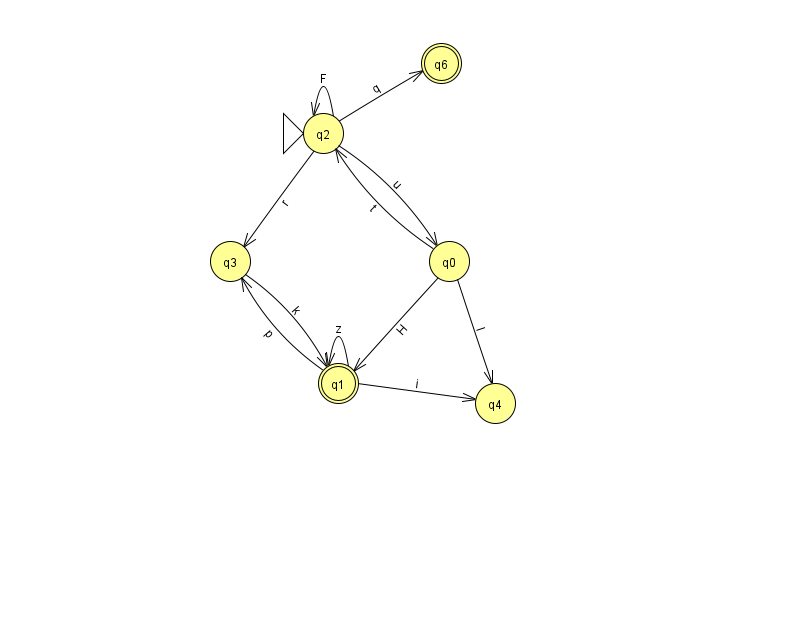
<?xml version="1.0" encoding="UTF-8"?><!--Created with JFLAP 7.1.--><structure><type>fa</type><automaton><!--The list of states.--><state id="0" name="q0"><x>449.0</x><y>248.0</y></state><state id="1" name="q1"><x>338.0</x><y>370.0</y><final/></state><state id="2" name="q2"><x>323.0</x><y>120.0</y><initial/></state><state id="3" name="q3"><x>230.0</x><y>248.0</y></state><state id="4" name="q4"><x>495.0</x><y>390.0</y></state><state id="6" name="q6"><x>441.0</x><y>50.0</y><final/></state><!--The list of transitions.--><transition><from>0</from><to>4</to><read>l</read></transition><transition><from>2</from><to>2</to><read>F</read></transition><transition><from>0</from><to>1</to><read>H</read></transition><transition><from>3</from><to>1</to><read>k</read></transition><transition><from>1</from><to>4</to><read>i</read></transition><transition><from>2</from><to>3</to><read>r</read></transition><transition><from>2</from><to>6</to><read>q</read></transition><transition><from>1</from><to>1</to><read>z</read></transition><transition><from>1</from><to>3</to><read>p</read></transition><transition><from>2</from><to>0</to><read>u</read></transition><transition><from>0</from><to>2</to><read>t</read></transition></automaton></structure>